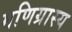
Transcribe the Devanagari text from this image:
मणिग्रास्य